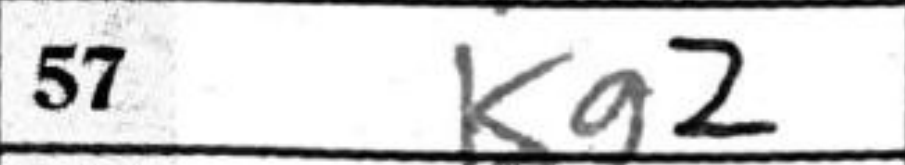
Transcription: Kg2